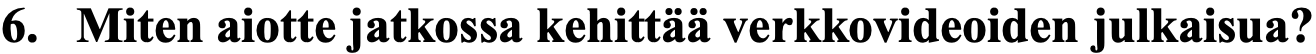
6. Miten aiotte jatkossa kehittää verkkovideoiden julkaisua?